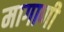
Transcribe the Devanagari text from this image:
मागाणी